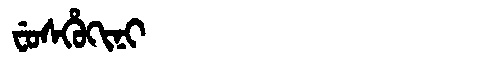
Manchu: ᠸᡠᠰᡥᡠᡴᡳᠨᡳ
Romanization: FUSHUKINI